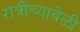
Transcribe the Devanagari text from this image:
रात्रीच्यावेळी